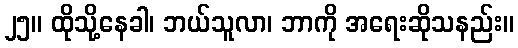
၂၅။ ထိုသို့နေခါ၊ ဘယ်သူလာ၊ ဘာကို အရေးဆိုသနည်း။